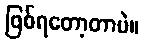
ဖြစ်ရတော့တာပဲ။